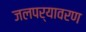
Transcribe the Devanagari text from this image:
जलपर्यावरण